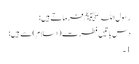
رسول اللہﷺ فرماتےہیں:
دس باتیں فطرت (اسلام) سے ہیں:
1۔